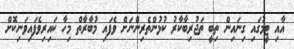
އާއި ޓީމުގައި ގިނައިން ތިބީ ތަޖުރިބާކާރު ކުޅުންތެރިންނަށް ވެފައި މުބާރާތް މިހާ ކައިރިވެފައިވަނިކޮށް